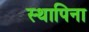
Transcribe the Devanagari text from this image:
स्थापिना